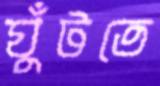
ঘুঁটতে